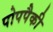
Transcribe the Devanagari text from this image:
पोपपैकी